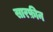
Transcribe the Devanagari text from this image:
सारफ़ीन